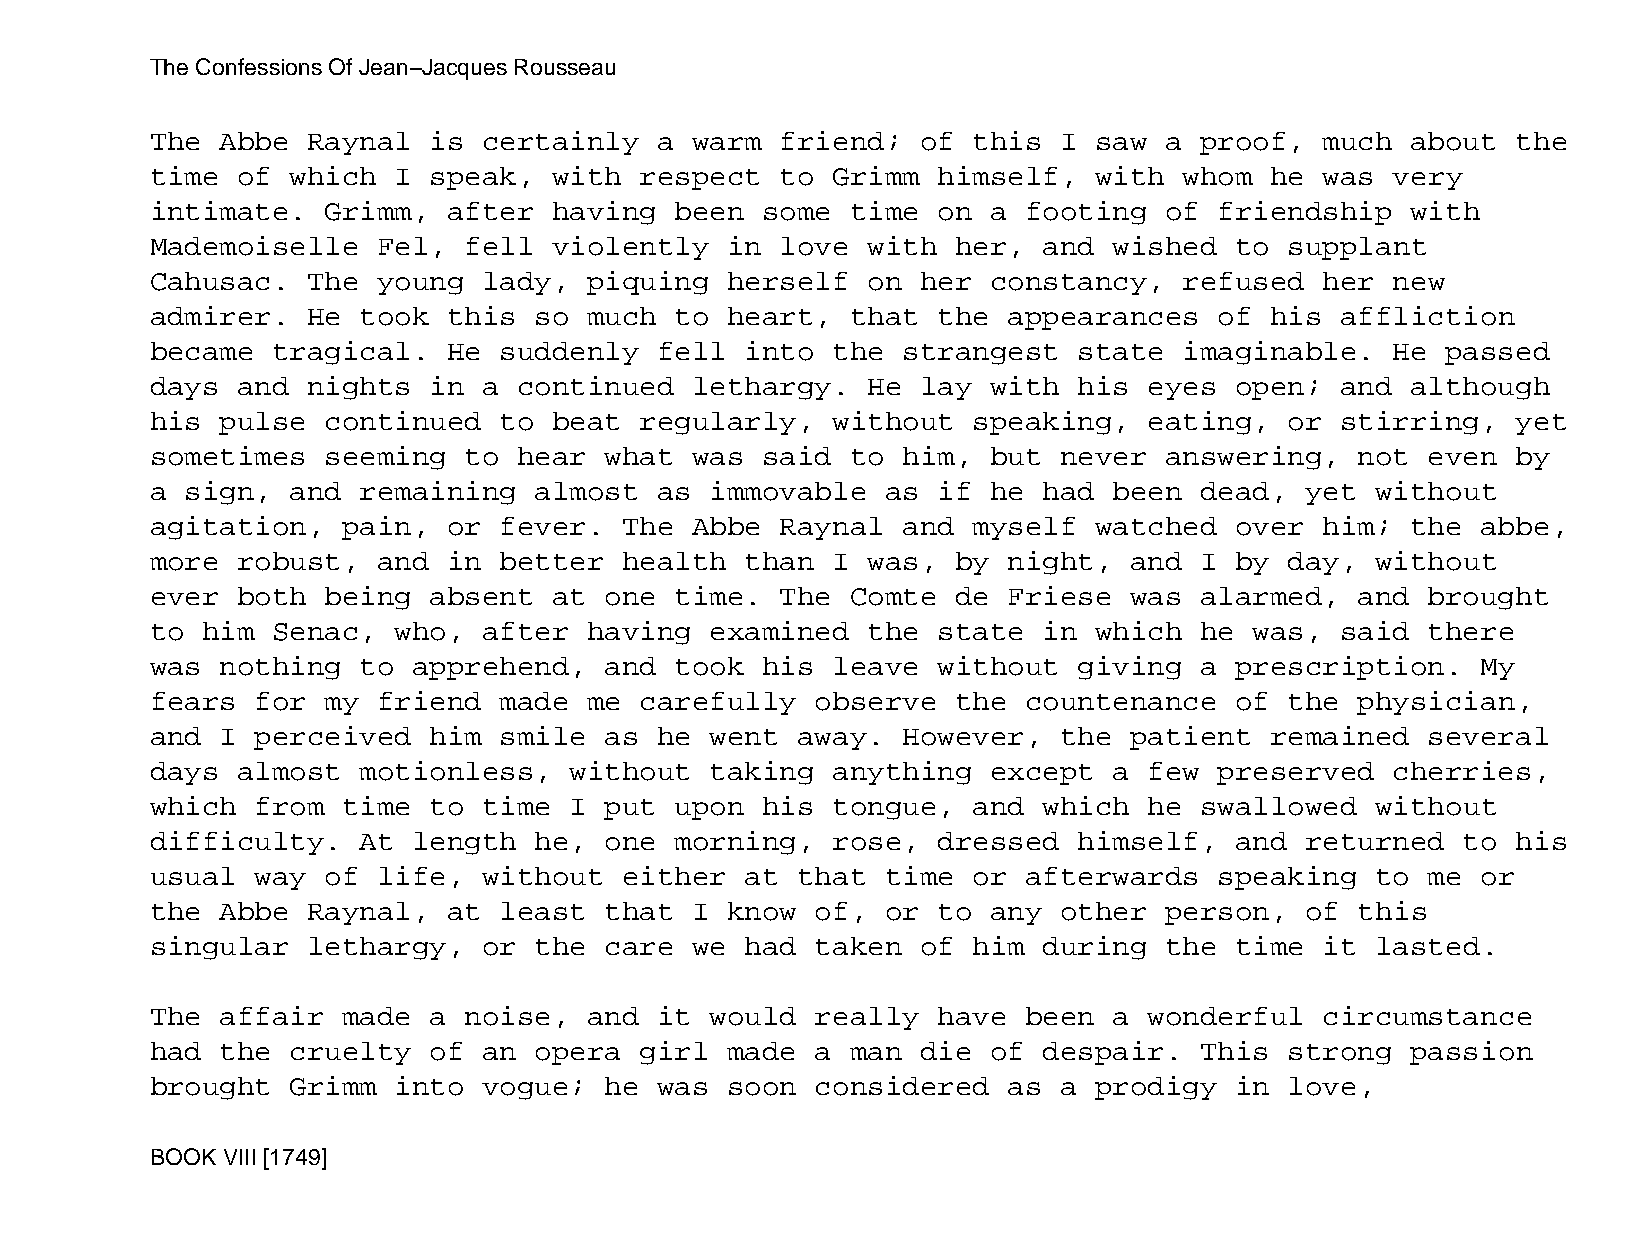
The Confessions Of Jean−Jacques Rousseau
 The  Abbe Raynal  is  certainly   a warm  friend;  of this  I saw  a proof,   much about  the
 time  of which  I speak,   with respect   to Grimm  himself,  with  whom  he  was very
 intimate.   Grimm,  after  having  been some  time  on  a footing  of  friendship  with
 Mademoiselle   Fel,  fell  violently  in  love with  her,  and  wished  to supplant
 Cahusac.  The  young  lady,  piquing  herself  on  her  constancy,  refused   her new
 admirer.  He  took  this so  much  to heart,  that  the  appearances   of his  affliction
 became  tragical.   He suddenly   fell into  the  strangest  state  imaginable.   He  passed
 days  and nights  in  a continued   lethargy.  He  lay  with his  eyes  open;  and although
 his  pulse  continued  to  beat regularly,   without  speaking,   eating,  or  stirring,  yet
 sometimes   seeming  to hear  what  was said  to  him,  but never  answering,   not  even by
 a sign,  and  remaining  almost   as immovable   as if  he had  been dead,  yet  without
 agitation,   pain,  or fever.  The  Abbe  Raynal  and myself  watched   over  him; the  abbe,
 more  robust,  and  in better  health  than  I was,  by  night,  and I  by day,  without
 ever  both  being absent   at one  time.  The Comte  de  Friese  was alarmed,   and  brought
 to him  Senac,  who,  after  having  examined  the  state  in which  he  was,  said  there
 was  nothing  to apprehend,   and  took his  leave  without  giving  a  prescription.   My
 fears  for  my friend  made  me carefully   observe  the  countenance   of the  physician,
 and  I perceived  him  smile  as  he went  away.  However,  the  patient  remained   several
 days  almost  motionless,   without  taking  anything   except  a few  preserved  cherries,
 which  from  time to  time  I put  upon his  tongue,  and  which  he swallowed   without
 difficulty.   At length  he,  one  morning,  rose,  dressed  himself,   and returned   to his
 usual  way  of life,  without  either  at  that  time or  afterwards   speaking  to  me or
 the  Abbe Raynal,   at least  that  I know  of,  or to  any other  person,  of  this
 singular  lethargy,   or the  care  we had  taken  of him  during  the  time  it lasted.
 The  affair  made a  noise,  and  it would  really  have  been  a wonderful   circumstance
 had  the cruelty  of  an opera  girl  made  a man  die  of despair.  This  strong  passion
 brought  Grimm  into  vogue;  he  was soon  considered   as a prodigy   in love,
 BOOK VIII [1749]